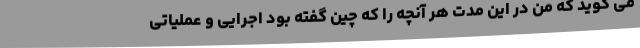
می گوید که من در این مدت هر آنچه را که چین گفته بود اجرایی و عملیاتی